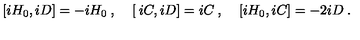
[ i H _ { 0 } , i D ] = - i H _ { 0 } \: , \: \: \: \: \: [ \: i C , i D ] = i C \: , \: \: \: \: \: [ i H _ { 0 } , i C ] = - 2 i D \: .